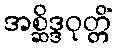
အစ္ဆိဒ္ဒဝုတ္တိံ